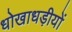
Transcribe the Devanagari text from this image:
धोखाधड़ीयों